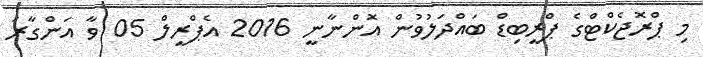
މި ޕްރޮޖެކްޓްގެ ޕްރީބިޑް ބައްދަލުވުން އޮންނާނީ 2016 އެޕްރީލް 05 ވާ އަންގާރަ